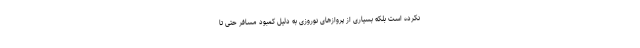
نکرده است بلکه بسیاری از پروازهای نوروزی به دلیل کمبود مسافر حتی تا